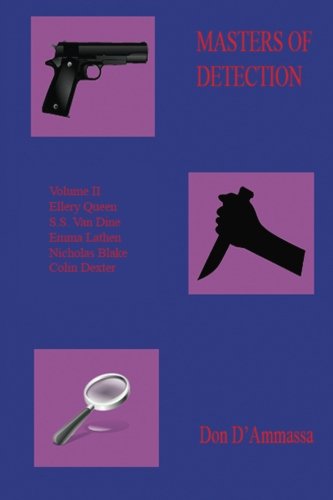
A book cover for Masters of Detection: Volume Two: Five Classic Mystery Writers (Volume 2); Don D'Ammassa; Mystery, Thriller & Suspense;